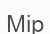
Мір